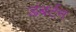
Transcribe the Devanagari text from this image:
डंबर्टन